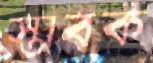
স্তাবক